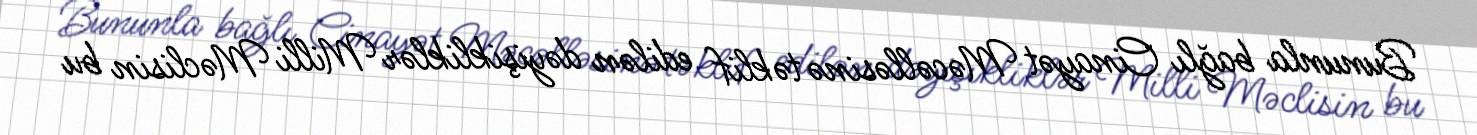
Bununla bağlı Cinayət Məcəlləsinə təklif edilən dəyişikliklər Milli Məclisin bu